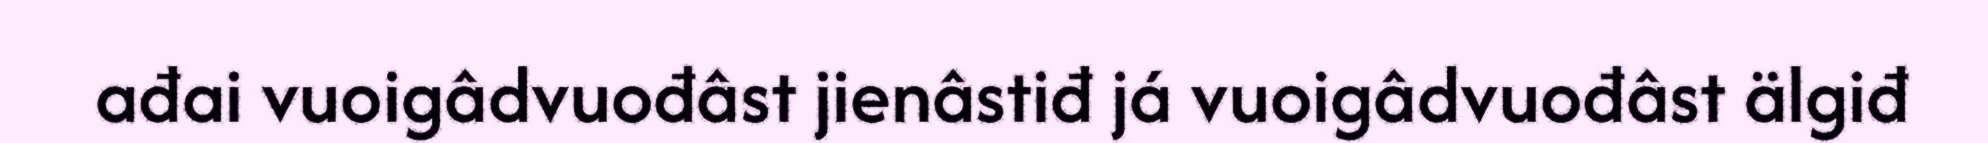
ađai vuoigâdvuođâst jienâstiđ já vuoigâdvuođâst älgiđ